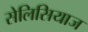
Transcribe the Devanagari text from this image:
सेलिसियाज